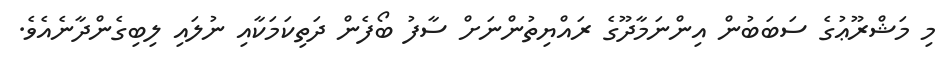
މި މަޝްރޫޢުގެ ސަބަބުން އިންނަމާދޫގެ ރައްޔިތުންނަށް ސާފު ބޯފެން ދަތިކަމަކާއި ނުލައި ލިބިގެންދާނެއެވެ.